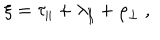
LaTeX: \xi = \tau _ { \parallel } + \lambda _ { \parallel } + \rho _ { \perp } ~ ,